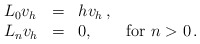
\begin{align*}\begin{array}{lcl} L_0 v_{h} &=& h v_{h}\,, \\ L_{n} v_{h} &=& 0, \qquad\hbox{for $n>0$}\,. \end{array}\end{align*}